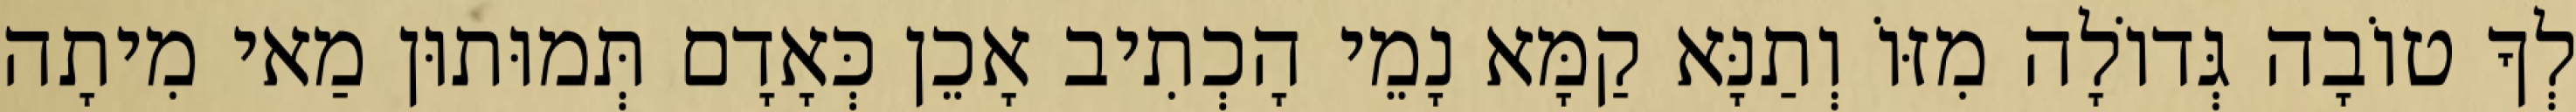
לְךָ טוֹבָה גְּדוֹלָה מִזּוֹ וְתַנָּא קַמָּא נָמֵי הָכְתִיב אָכֵן כְּאָדָם תְּמוּתוּן מַאי מִיתָה